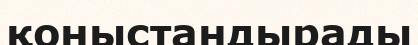
қоныстандырады